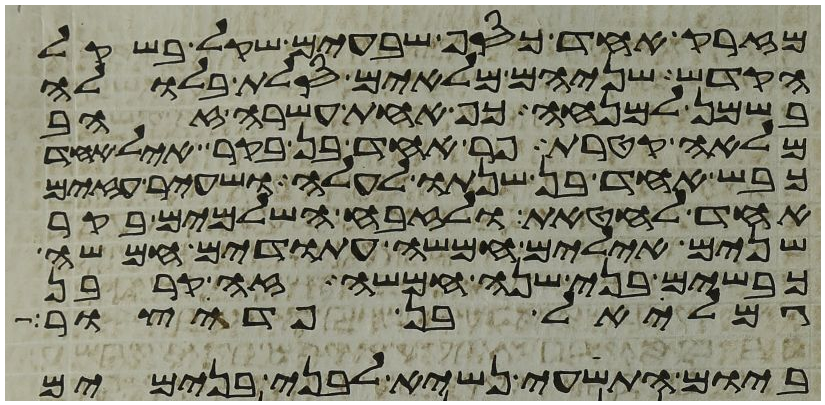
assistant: מזרק אחד כסף שבעים שקל בשקל
הקדש שניהם מלאים סלת בלולה
בשמן למנחה כף אחת עשרה זהב
מלאה קטרת פר אחד בן בקר איל אחד
כבש אחד בן שנתו לעלה ושעיר עזים
אחד לחטאת ולזבח השלמים בקר
שנים אילים חמשה עתודים חמשה
כבשים בני שנה חמשה זה קרבן
גמליאל בן פדהצור
ביום התשעי נשיא לבני בנימים